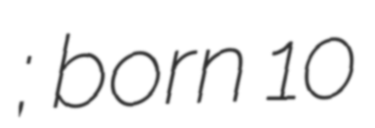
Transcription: श्रेष्ठ; born 10